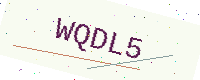
Text: WQDL5